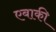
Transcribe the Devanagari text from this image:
एबाकी